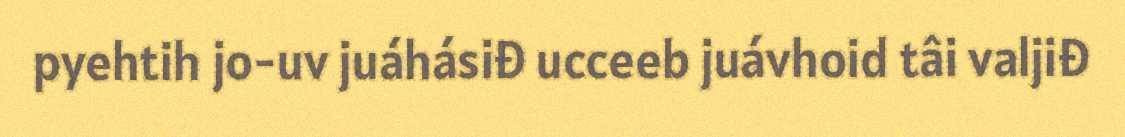
pyehtih jo-uv juáhásiđ ucceeb juávhoid tâi valjiđ